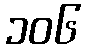
၁၀၆